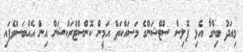
މިއަދު ބިންގާ އެޅި ޕޮލިސް ސްޓޭޝަންގެ މަސައްކަތް އަމީން ކޮންސްޓްރަކްޝަން އިން އެއްބަސްވެފައި